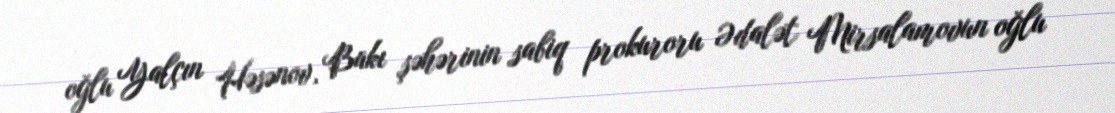
oğlu Yalçın Həsənov, Bakı şəhərinin sabiq prokuroru Ədalət Mirsalamovun oğlu